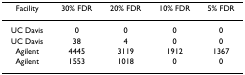
| Facility | 30% FDR | 20% FDR | 10% FDR | 5% FDR |
 | --- | --- | --- | --- | --- |
 | UC Davis | 0 | 0 | 0 | 0 |
 | UC Davis | 38 | 4 | 0 | 0 |
 | Agilent | 4445 | 3119 | 1912 | 1367 |
 | Agilent | 1553 | 1018 | 0 | 0 |